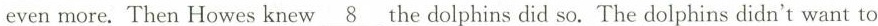
even more. Then Howes knew \underline{8} the dolphins did so. The dolphins didn't want to